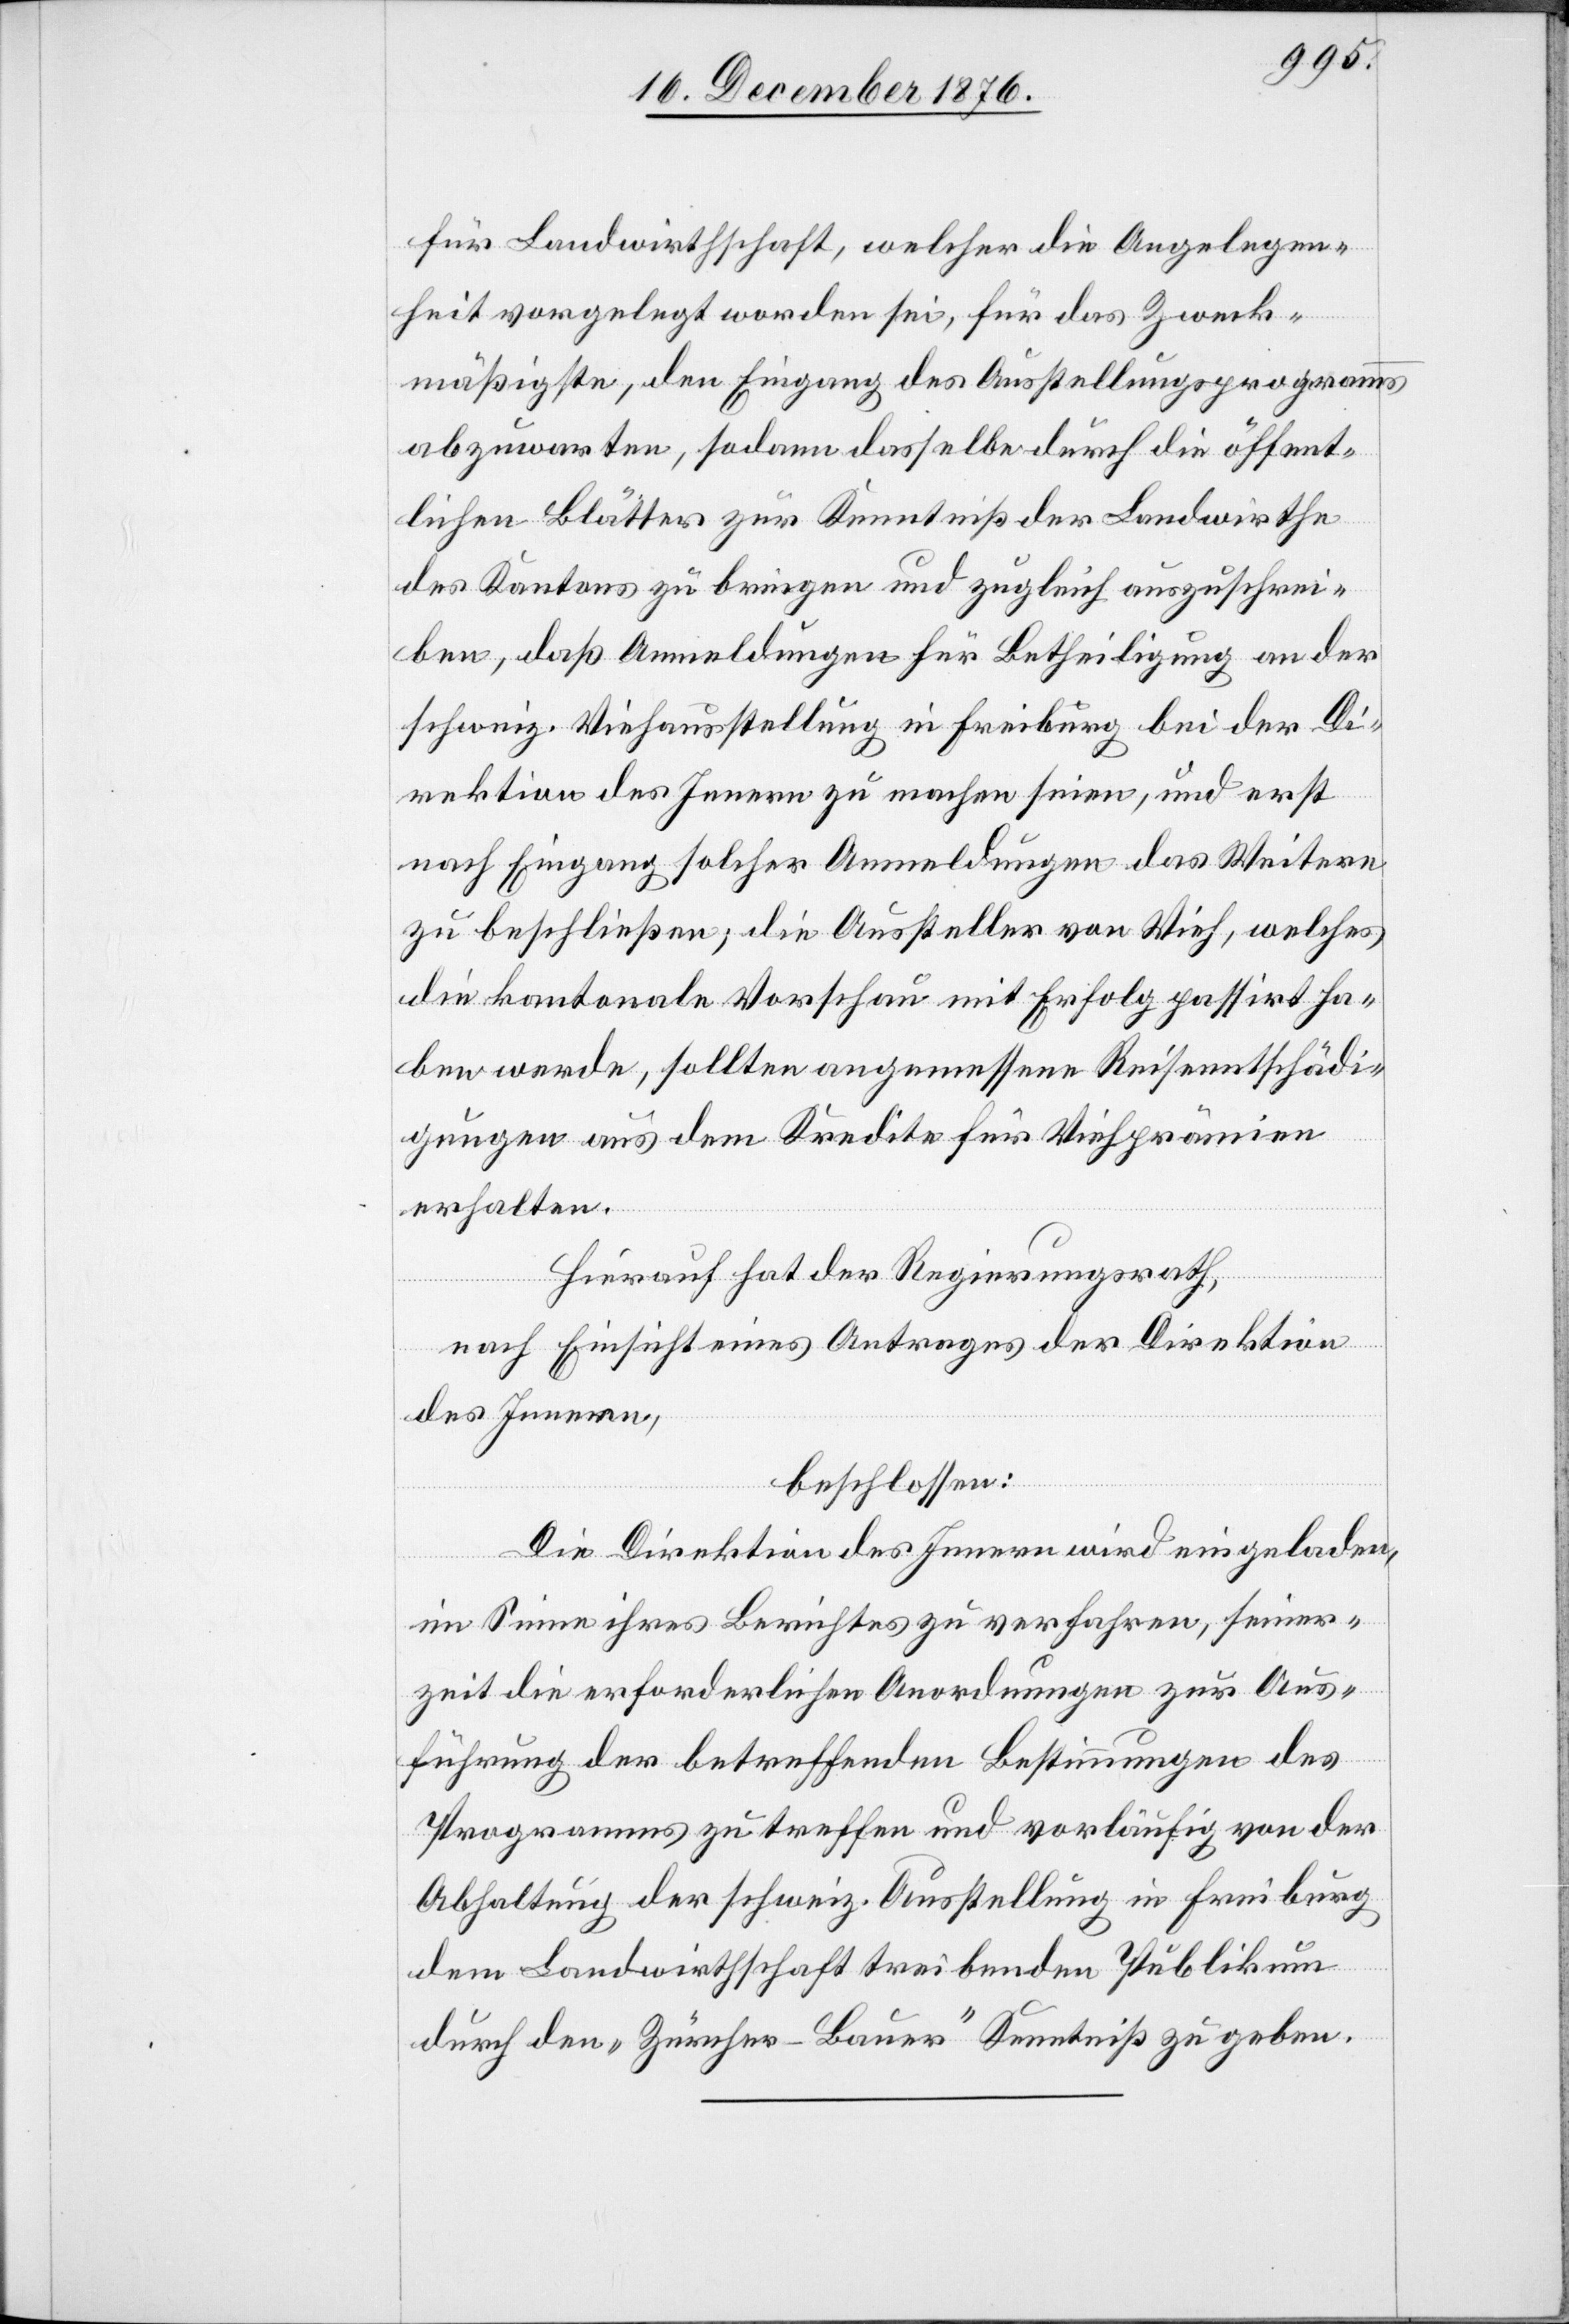
für Landwirthschaft, welcher die Angelegen¬
heit vorgelegt worden sei, für das Zweck¬
mäßigste, den Eingang des Ausstellungsprogramms
abzuwarten, sodann dasselbe durch die öffent¬
lichen Blätter zur Kenntniß der Landwirthe
des Kantons zu bringen und zugleich auszuschrei¬
ben, daß Anmeldungen für Betheiligung an der
schweiz. Viehausstellung in Freiburg bei der Di¬
rektion des Innern zu machen seien, und erst
nach Eingang solcher Anmeldungen das Weitere
zu beschließen; die Aussteller von Vieh, welches
die kantonale Vorschau mit Erfolg passirt ha¬
ben werde, sollten angemessene Reiseentschädi¬
gungen aus dem Kredite für Viehprämien
erhalten.
Hierauf hat der Regierungsrath,
nach Einsicht eines Antrages der Direktion
des Innern,
beschlossen:
Die Direktion des Innern wird eingeladen,
im Sinne ihres Berichtes zu verfahren, seiner¬
zeit die erforderlichen Anordnungen zur Aus¬
führung der betreffenden Bestimmungen des
Programmes zu treffen und vorläufig von der
Abhaltung der schweiz. Ausstellung in Freiburg
dem Landwirthschaft treibenden Publikum
durch den „Zürcher-Bauer“ Kenntniß zu geben.